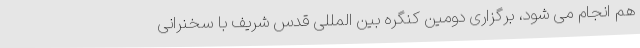
هم انجام می شود، برگزاری دومین کنگره بین المللی قدس شریف با سخنرانی